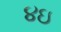
૪ઇ